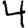
Digit: 4